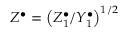
Z ^ { \bullet } = \left( Z _ { 1 } ^ { \bullet } / Y _ { 1 } ^ { \bullet } \right) ^ { 1 / 2 }